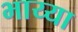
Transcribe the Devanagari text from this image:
भाय्या